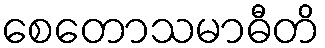
စေတောသမာဓီတိ